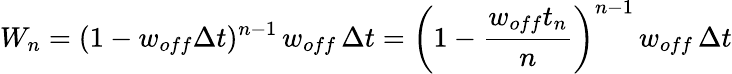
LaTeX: W_{n}=(1-w_{off}\Delta t)^{n-1}\, w_{off}\, \Delta t=\left(1-{\frac{w_{off}t_{n}}{n}}\right)^{n-1}\, w_{off}\, \Delta t